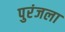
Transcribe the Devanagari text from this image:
पुरंजला